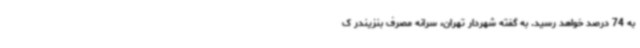
به 74 درصد خواهد رسید. به گفته شهردار تهران، سرانه مصرف بنزیندر ک